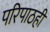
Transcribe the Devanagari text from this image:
परिपाठही